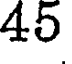
45